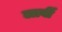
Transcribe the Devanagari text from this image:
लार्बी